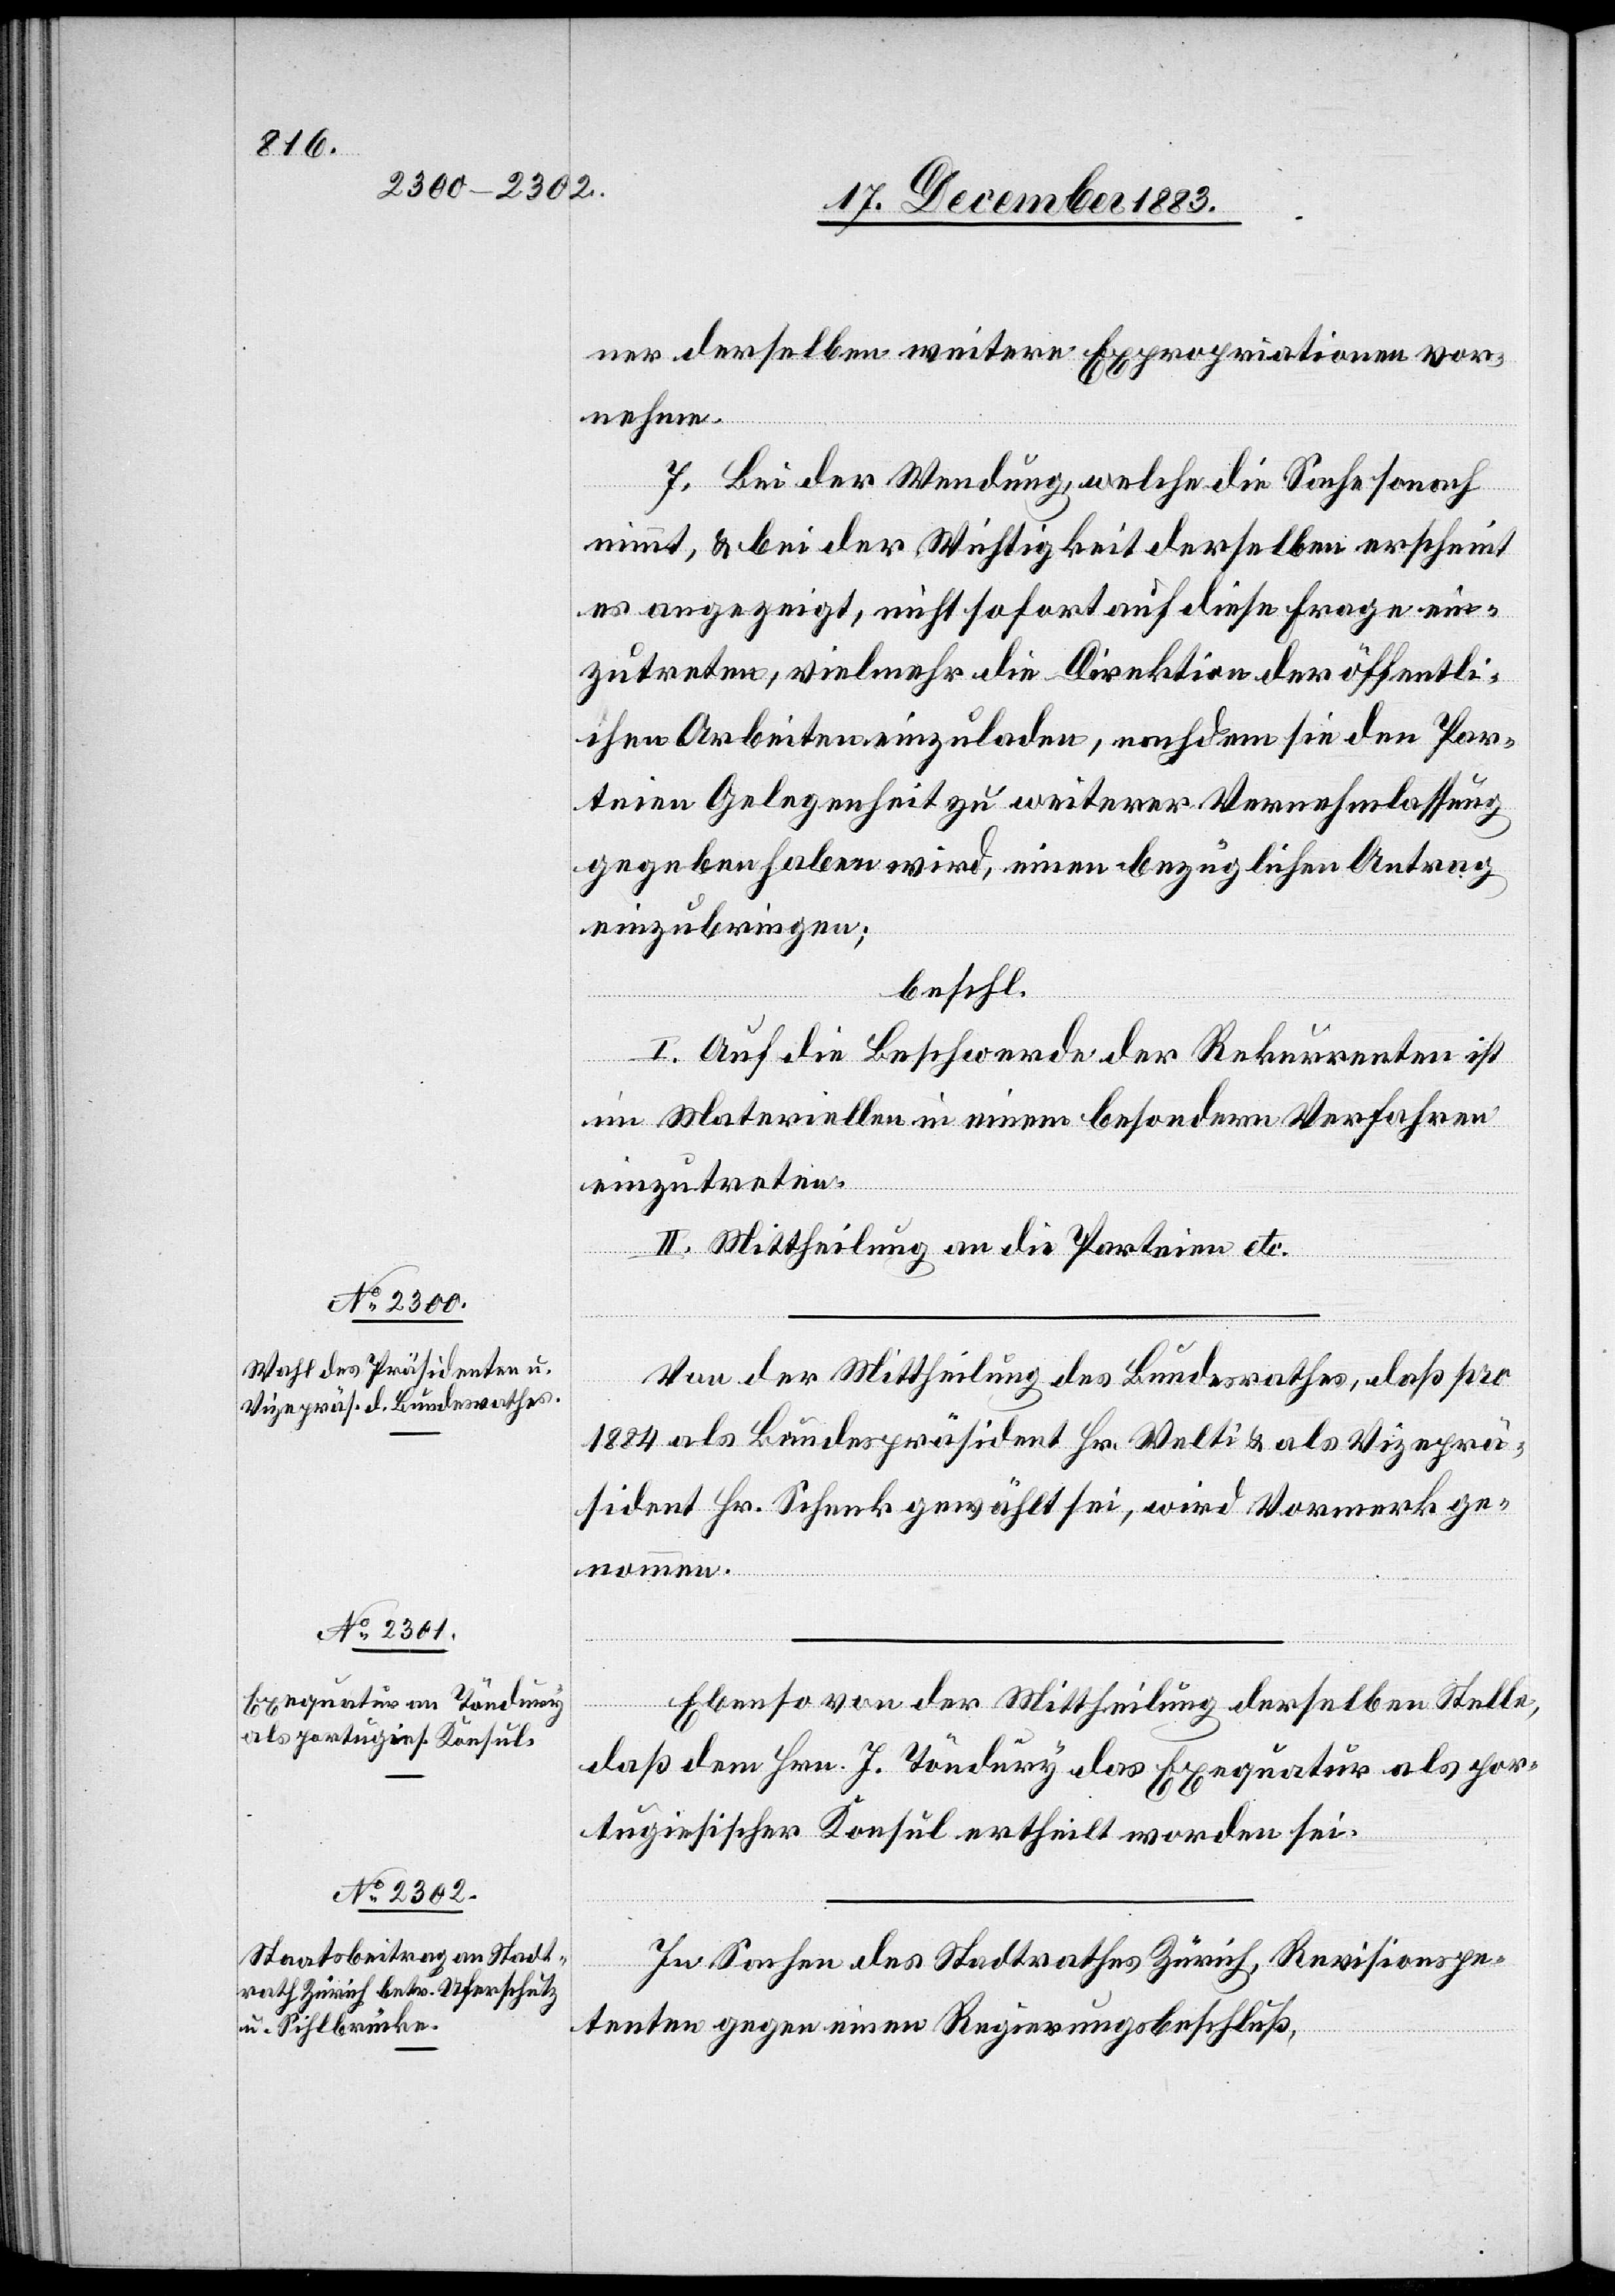
Von der Mittheilung des Bundesrathes, daß pro
1884 als Bundespräsident Hr. Welti & als Vizeprä¬
sident Hr. Schenk gewählt sei, wird Vormerk ge¬
nommen.
Ebenso von der Mittheilung derselben Stelle,
daß dem Hrn. J. Töndury das Exequatur als por¬
tugiesischer Konsul ertheilt worden sei.
In Sachen des Stadtrathes Zürich, Revisionspe¬
tenten gegen einen Regierungsbeschluß,